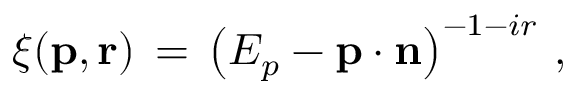
\xi ( { \bf p } , { \bf r } ) \, = \, \left( E _ { p } - { \bf p } \cdot { \bf n } \right) ^ { - 1 - i r } \, ,